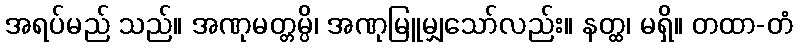
အရပ်မည် သည်။ အဏုမတ္တမ္ပိ၊ အဏုမြူမျှသော်လည်း။ နတ္ထ၊ မရှိ။ တထာ-တံ